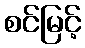
စင်မြင့်